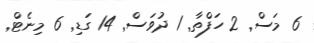
6 މަސް